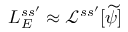
L _ { E } ^ { s s ^ { \prime } } \approx \mathcal { L } ^ { s s ^ { \prime } } [ \widetilde \psi ]